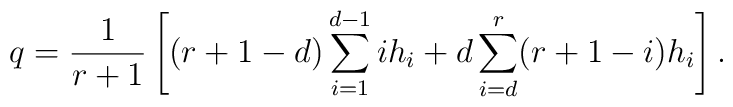
q = \frac{1}{r+1} \left[(r+1-d) \sum_{i=1}^{d-1} i h_i + d\sum_{i=d}^r (r+1-i) h_i \right].